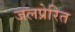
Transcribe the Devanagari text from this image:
जलप्रेरित